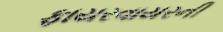
ફાયરવાયરની